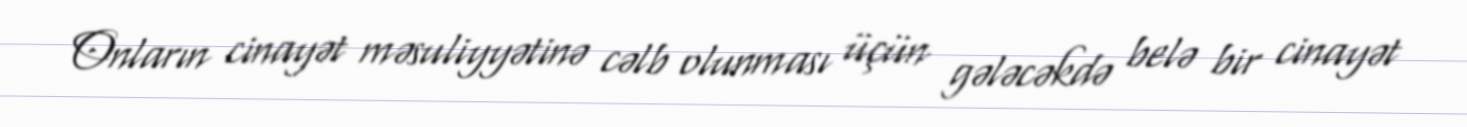
Onların cinayət məsuliyyətinə cəlb olunması üçün gələcəkdə belə bir cinayət